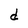
Character: d